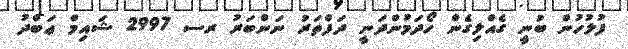
ފުލުހުން ބުނީ ގެއްލިގެން ހޯދަމުންދަނީ ދަފްތަރު ނަންބަރު ރސ 2997 ޝައިމް ޢަބްދު